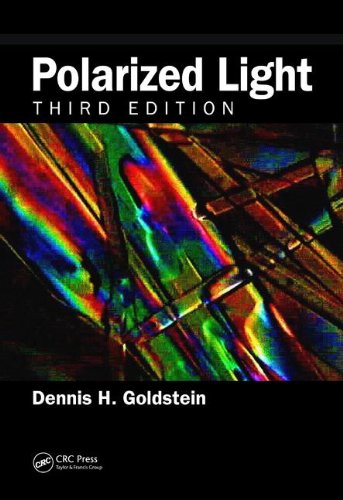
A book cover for Polarized Light, Third Edition; Dennis H. Goldstein; Science & Math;